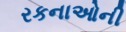
રકનાઓની